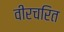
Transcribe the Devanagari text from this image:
वीरचरित